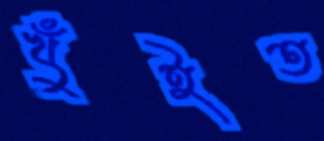
খুঁইত